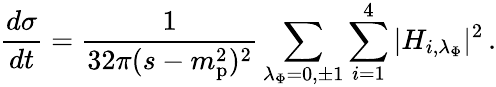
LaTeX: \frac{d\sigma}{dt}=\frac{1}{32\pi(s-m_{\mathrm{p}}^{2})^{2}}\sum_{\lambda_{\Phi}=0,\pm 1}\sum_{i=1}^{4}\vert H_{i,\lambda_{\Phi}}\vert^{2}\, .